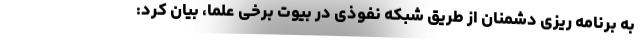
به برنامه ریزی دشمنان از طریق شبکه نفوذی در بیوت برخی علما، بیان کرد: